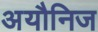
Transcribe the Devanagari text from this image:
अयौनिज